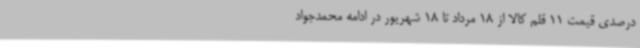
درصدی قیمت 11 قلم کالا از 18 مرداد تا 18 شهریور در ادامه محمدجواد